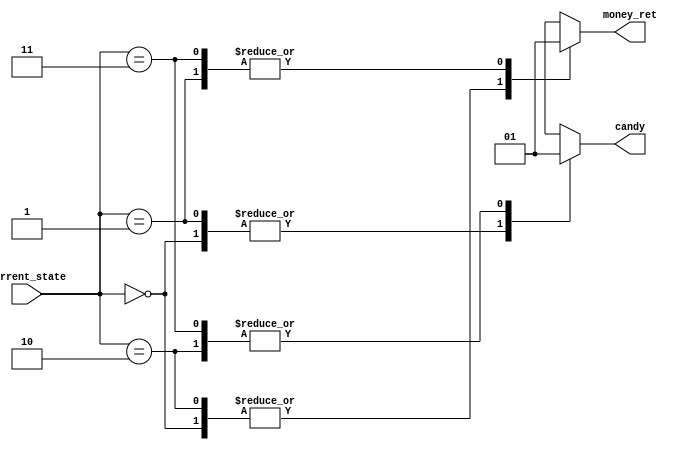
module output_logic(input [1:0]current_state,
					output reg candy,
					output reg money_ret);
					
always @(current_state)
begin
	case(current_state)
		2'b00 : 
		begin
				candy<=1'b0;
		        money_ret<=1'b0;
		end
		2'b01 : 
		begin
				candy<=1'b0;
		        money_ret<=1'b1;
		end
		2'b10 : 
		begin
				candy<=1'b1;
		        money_ret<=1'b0;
		end
		2'b11 : 
		begin
				candy<=1'b1;
		        money_ret<=1'b1;
		end
		default : 
		begin
				candy<=1'b0;
		        money_ret<=1'b0;
		end
	endcase
end

endmodule